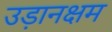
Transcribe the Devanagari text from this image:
उड़ानक्षम